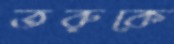
তরুকে